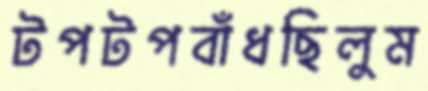
টপটপবাঁধছিলুম